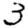
Digit: 3